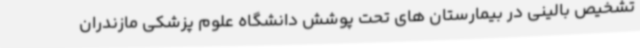
تشخیص بالینی در بیمارستان های تحت پوشش دانشگاه علوم پزشکی مازندران